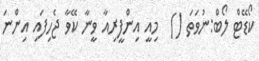
ކޯޑޭޓް ލޯބް:ނުވަތަ ()  މިއީ އިންފީރިއާ ވީނާ ކޭވާ ޖެހިފައި އިންނަ